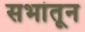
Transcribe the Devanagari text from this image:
सभांतून